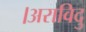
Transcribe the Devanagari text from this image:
।अराविदु